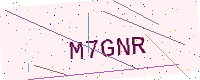
Text: M7GNR